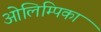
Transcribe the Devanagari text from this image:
ओलिम्पिका